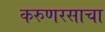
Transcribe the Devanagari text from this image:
करुणरसाचा